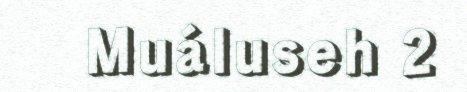
Muáluseh 2